King Institute of Preventive Medicine Micro-Biological Section reports 1909-11
Year: 1909
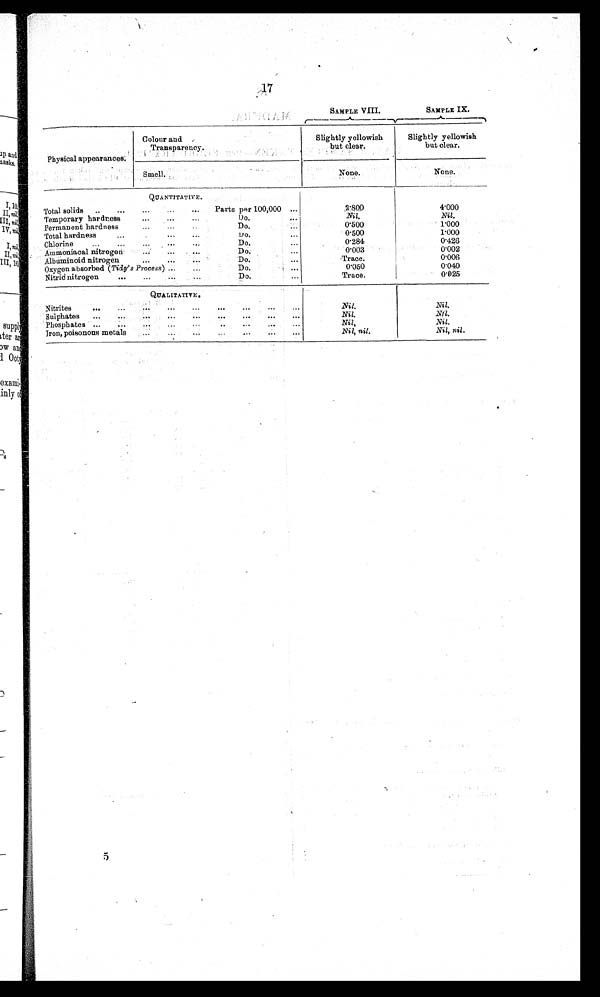
17
SAMPLE VIII.
SAMPLE IX.
Physical appearances.
Colour and
Transparency.
Slightly yellowish
but clear.
Slightly yellowish
but clear.
Smell.
None.
None.
QUANTITATIVE.
Total solids
..
...
...
...
...
Parts per 100,000 ...
2.800
4.000
Temporary hardness
...
...
Do... Nil.
Nil.
Permanent hardness
... ...
Do... 0.500
1.000
Total hardness
...
...
...
Do.
...
0.500
1.000
Chlorine
...
...
...
...
..
Do.
...
0.284
0.426
Ammoniacal nitrogen
...
...
... ...
Do.
0.003
0.002
Albuminoid nitrogen
...
...
Do.
...
Trace.
0.006
Oxygen absorbed ( Tidy's Process ) ...
Do.
...
0.050
0.040
Nitric nitrogen
...
...
...
Do.
...
Trace.
0.025
QUALITATIVE.
Nitrites
...
...
...
...
...
... ...
...
Nil.
Nil.
Sulphates
...
...
...
...
...
...
...
Nil.
Nil.
Phosphates ...
..
...
...
..•
..
...
...
...
Nil.
Nil.
Iron, poisonous metals
...
...
...
...
...
...
...
Nil, nil.
Nil, nil.